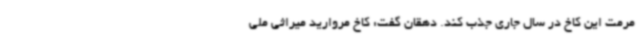
مرمت این کاخ در سال جاری جذب کند. دهقان گفت: کاخ مروارید میراثی ملی